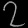
Digit: ၇